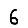
Digit: 6